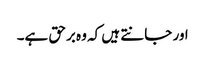
اور جانتے ہیں کہ وہ برحق ہے۔